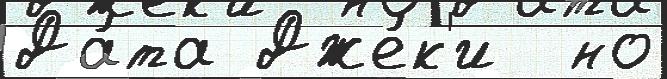
Да́та Дже́к'и  но